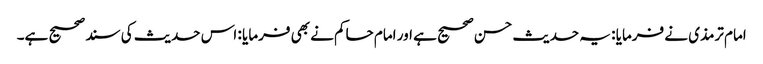
امام ترمذی نے فرمایا : یہ حدیث حسن صحیح ہے اور امام حاکم نے بھی فرمایا : اس حدیث کی سند صحیح ہے۔